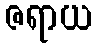
ဇရာယ